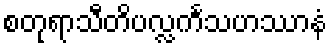
စတုရာသီတိပလ္လင်္ကသဟဿာနံ